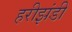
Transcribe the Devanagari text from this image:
हरीझंडी